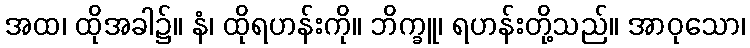
အထ၊ ထိုအခါ၌။ နံ၊ ထိုရဟန်းကို။ ဘိက္ခူ၊ ရဟန်းတို့သည်။ အာဝုသော၊